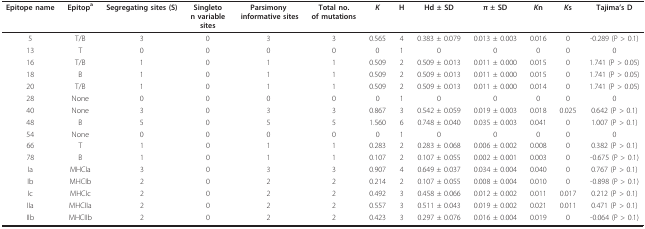
<table><thead><tr><td><b>Epitope name</b></td><td><b>Epitop<sup>a</sup></b></td><td><b>Segregating sites (S)</b></td><td><b>Singleton variable sites</b></td><td><b>Parsimony informative sites</b></td><td><b>Total no.of mutations</b></td><td><b><i>K</i></b></td><td><b>H</b></td><td><b>Hd ± SD</b></td><td><b>π ± SD</b></td><td><b><i>K</i>n</b></td><td><b><i>K</i>s</b></td><td><b>Tajima&#x27;s D</b></td></tr></thead><tbody><tr><td>5</td><td>T/B</td><td>3</td><td>0</td><td>3</td><td>3</td><td>0.565</td><td>4</td><td>0.383 ± 0.079</td><td>0.013 ± 0.003</td><td>0.016</td><td>0</td><td>-0.289 (P &gt; 0.1)</td></tr><tr><td>13</td><td>T</td><td>0</td><td>0</td><td>0</td><td>0</td><td>0</td><td>1</td><td>0</td><td>0</td><td>0</td><td>0</td><td>0</td></tr><tr><td>16</td><td>T/B</td><td>1</td><td>0</td><td>1</td><td>1</td><td>0.509</td><td>2</td><td>0.509 ± 0.013</td><td>0.011 ± 0.000</td><td>0.015</td><td>0</td><td>1.741 (P &gt; 0.05)</td></tr><tr><td>18</td><td>B</td><td>1</td><td>0</td><td>1</td><td>1</td><td>0.509</td><td>2</td><td>0.509 ± 0.013</td><td>0.011 ± 0.000</td><td>0.015</td><td>0</td><td>1.741 (P &gt; 0.05)</td></tr><tr><td>20</td><td>T/B</td><td>1</td><td>0</td><td>1</td><td>1</td><td>0.509</td><td>2</td><td>0.509 ± 0.013</td><td>0.011 ± 0.000</td><td>0.014</td><td>0</td><td>1.741 (P &gt; 0.05)</td></tr><tr><td>28</td><td>None</td><td>0</td><td>0</td><td>0</td><td>0</td><td>0</td><td>1</td><td>0</td><td>0</td><td>0</td><td>0</td><td>0</td></tr><tr><td>40</td><td>None</td><td>3</td><td>0</td><td>3</td><td>3</td><td>0.867</td><td>3</td><td>0.542 ± 0.059</td><td>0.019 ± 0.003</td><td>0.018</td><td>0.025</td><td>0.642 (P &gt; 0.1)</td></tr><tr><td>48</td><td>B</td><td>5</td><td>0</td><td>5</td><td>5</td><td>1.560</td><td>6</td><td>0.748 ± 0.040</td><td>0.035 ± 0.003</td><td>0.041</td><td>0</td><td>1.007 (P &gt; 0.1)</td></tr><tr><td>54</td><td>None</td><td>0</td><td>0</td><td>0</td><td>0</td><td>0</td><td>1</td><td>0</td><td>0</td><td>0</td><td>0</td><td>0</td></tr><tr><td>66</td><td>T</td><td>1</td><td>0</td><td>1</td><td>1</td><td>0.283</td><td>2</td><td>0.283 ± 0.068</td><td>0.006 ± 0.002</td><td>0.008</td><td>0</td><td>0.382 (P &gt; 0.1)</td></tr><tr><td>78</td><td>B</td><td>1</td><td>0</td><td>1</td><td>1</td><td>0.107</td><td>2</td><td>0.107 ± 0.055</td><td>0.002 ± 0.001</td><td>0.003</td><td>0</td><td>-0.675 (P &gt; 0.1)</td></tr><tr><td>Ia</td><td>MHCIa</td><td>3</td><td>0</td><td>3</td><td>3</td><td>0.907</td><td>4</td><td>0.649 ± 0.037</td><td>0.034 ± 0.004</td><td>0.040</td><td>0</td><td>0.767 (P &gt; 0.1)</td></tr><tr><td>Ib</td><td>MHCIb</td><td>2</td><td>0</td><td>2</td><td>2</td><td>0.214</td><td>2</td><td>0.107 ± 0.055</td><td>0.008 ± 0.004</td><td>0.010</td><td>0</td><td>-0.898 (P &gt; 0.1)</td></tr><tr><td>Ic</td><td>MHCIc</td><td>2</td><td>0</td><td>2</td><td>2</td><td>0.492</td><td>3</td><td>0.458 ± 0.066</td><td>0.012 ± 0.002</td><td>0.011</td><td>0.017</td><td>0.212 (P &gt; 0.1)</td></tr><tr><td>IIa</td><td>MHCIIa</td><td>2</td><td>0</td><td>2</td><td>2</td><td>0.557</td><td>3</td><td>0.511 ± 0.043</td><td>0.019 ± 0.002</td><td>0.021</td><td>0.011</td><td>0.471 (P &gt; 0.1)</td></tr><tr><td>IIb</td><td>MHCIIb</td><td>2</td><td>0</td><td>2</td><td>2</td><td>0.423</td><td>3</td><td>0.297 ± 0.076</td><td>0.016 ± 0.004</td><td>0.019</td><td>0</td><td>-0.064 (P &gt; 0.1)</td></tr></tbody></table>